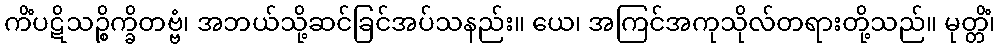
ကိံပဋိသဉ္စိက္ခိတဗ္ဗံ၊ အဘယ်သို့ဆင်ခြင်အပ်သနည်း။ ယေ၊ အကြင်အကုသိုလ်တရားတို့သည်။ မုတ္တိံ၊